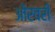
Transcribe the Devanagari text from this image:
औरवरी